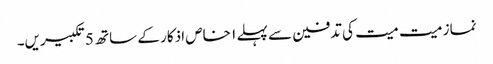
نماز میت میت کی تدفین سے پہلے ۱ خاص اذکار کے ساتھ 5 تکبیریں۔